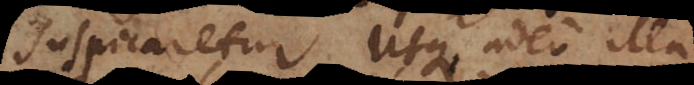
suspicaretur, usque adeo illa